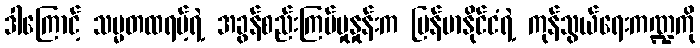
ဒါကြောင့် သမ္မတထရမ့်ရဲ့ အခွန်စည်းကြပ်မှုနှုန်းက မြန်မာနိုင်ငံရဲ့ ကုန်သွယ်ရေးကဏ္ဍကို